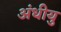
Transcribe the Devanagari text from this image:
अंधीयु